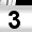
Digit: 3